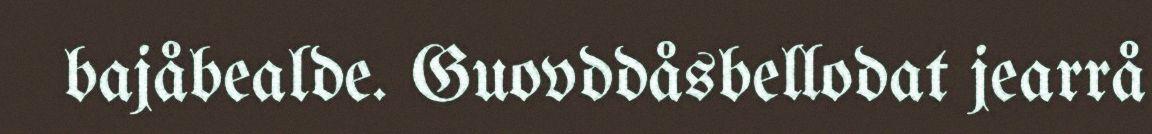
bajåbealde. Guovddåsbellodat jearrå